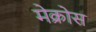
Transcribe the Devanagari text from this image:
मेक्रोस